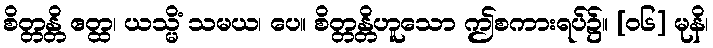
စိတ္တန္တိ ဧတ္ထ၊ ယသ္မိံ သမယ၊ ပေ။ စိတ္တန္တိဟူသော ဤစကားရပ်၌။ [၀၆] မုနိ၊